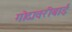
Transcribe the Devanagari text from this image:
गोदावरीबाई